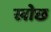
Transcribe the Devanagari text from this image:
खोछ